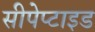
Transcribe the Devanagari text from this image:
सीपेप्टाइड